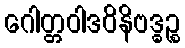
ဂေါတ္တဝါဒဝိနိဗဒ္ဓဉ္စ